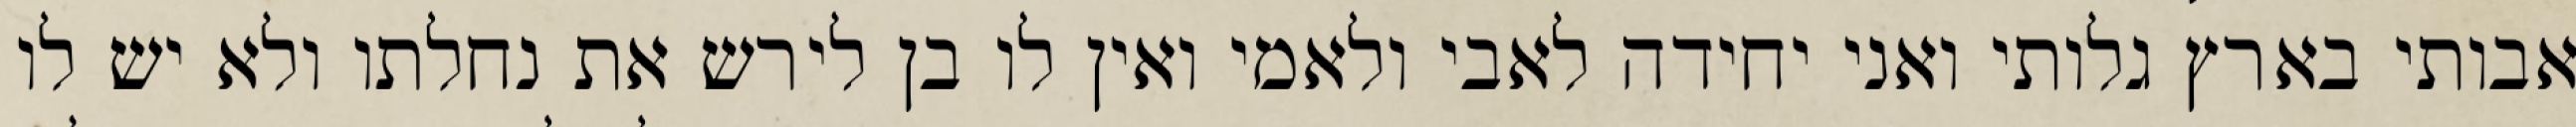
אבותי בארץ גלותי ואני יחידה לאבי ולאמי ואין לו בן לירש את נחלתו ולא יש לו